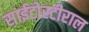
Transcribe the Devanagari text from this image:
साईटोस्टीराल